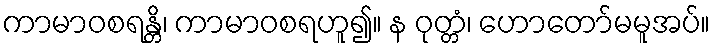
ကာမာဝစရန္တိ၊ ကာမာဝစရဟူ၍။ န ဝုတ္တံ၊ ဟောတော်မမူအပ်။